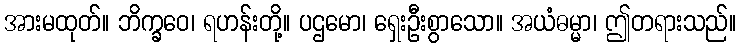
အားမထုတ်။ ဘိက္ခဝေ၊ ရဟန်းတို့။ ပဌမော၊ ရှေးဦးစွာသော။ အယံဓမ္မာ၊ ဤတရားသည်။